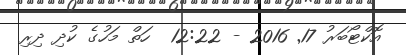
އޮކްޓޯބަރު 17